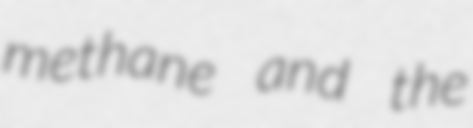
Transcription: methane and the